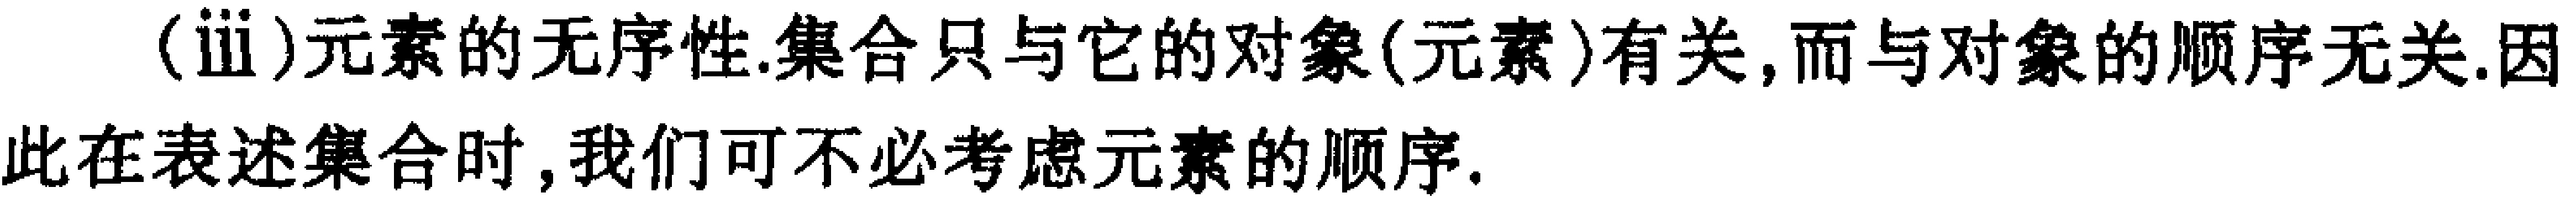
(ⅲ)元素的无序性.集合只与它的对象(元素)有关,而与对象的顺序无关.因此在表述集合时,我们可不必考虑元素的顺序.